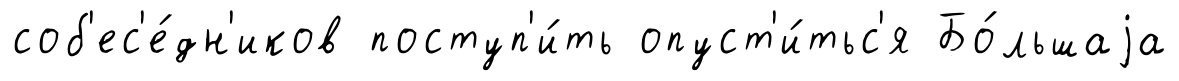
соб'ес'е́дн'иков поступ'и́ть опуст'и́тьс'я Бо́льшаjа